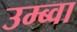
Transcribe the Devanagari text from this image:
उम्ब्वा